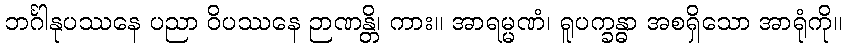
ဘင်္ဂါနုပဿနေ ပညာ ဝိပဿနေ ဉာဏန္တိ၊ ကား။ အာရမ္မဏံ၊ ရူပက္ခန္ဓာ အစရှိသော အာရုံကို။